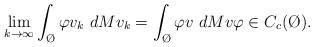
LaTeX: \begin{align*}\lim_{k \to \infty} \int_{\O} \varphi v_k \ dMv_k = \int_{\O} \varphi v \ dMv \varphi \in C_c(\O).\end{align*}